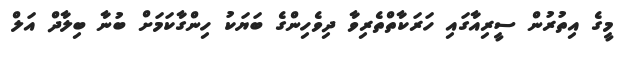
މީގެ އިތުރުން ސީރިއާގައި ހަރަކާތްތެރިވާ ދިވެހިންގެ ބަޔަކު ހިންގާކަމަށް ބުނާ ބިލާދް އަލް